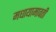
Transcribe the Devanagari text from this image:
मधायामावती